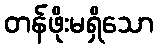
တန်ဖိုးမရှိသော